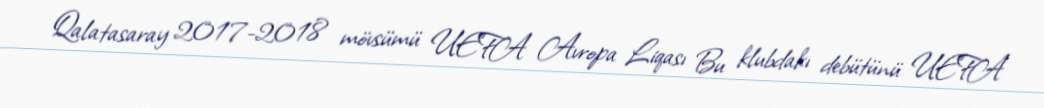
Qalatasaray 2017-2018 mövsümü UEFA Avropa Liqası Bu klubdakı debütünü UEFA